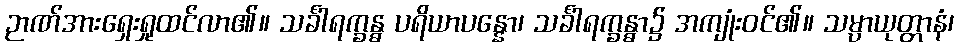
ဉာဏ်အားရှေးရှုထင်လာ၏။ သင်္ခါရက္ခန္ဓ ပရိယာပန္နော၊ သင်္ခါရက္ခန္ဓာ၌ အကျုံးဝင်၏။ သမ္ပာယုတ္တာနံ၊